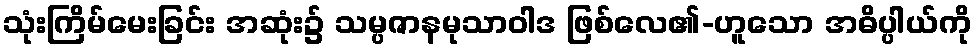
သုံးကြိမ်မေးခြင်း အဆုံး၌ သမ္ပဇာနမုသာဝါဒ ဖြစ်လေ၏-ဟူသော အဓိပ္ပါယ်ကို